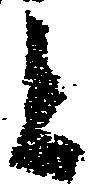
と